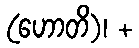
(ဟောတိ)၊ +